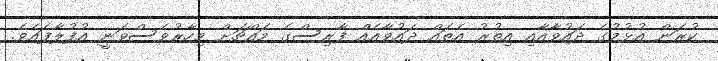
ކުރަން އުޅުމުގެ ދައުވާއާއި އިތުރު އެތައް ދައުވާއެއް ފާރިސްގެ މައްޗަށް މިހާރުވެސްވަނީ އުފުލާފައެވެ.